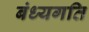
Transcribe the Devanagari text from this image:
बंध्यगति